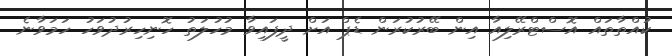
ކުއްތާތައް އޮސްޓްރޭލިއާ އިން ބޭރުކުރަން ޑެޕް އަށް ދީފައިވާ މުހުލަތު ހޮނިހިރުދުވަހު ހަމަވާނެ